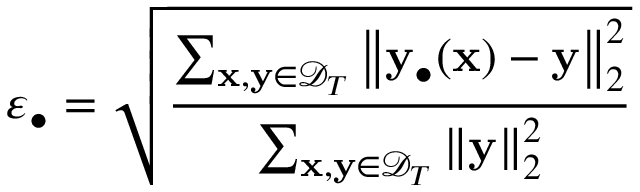
\varepsilon _ { \bullet } = \sqrt { \frac { \sum _ { \mathbf { x } , \mathbf { y } \in \mathcal { D } _ { T } } { \left\| \mathbf { y } _ { \bullet } ( \mathbf { x } ) - \mathbf { y } \right\| _ { 2 } ^ { 2 } } } { \sum _ { \mathbf { x } , \mathbf { y } \in \mathcal { D } _ { T } } { \left\| \mathbf { y } \right\| _ { 2 } ^ { 2 } } } }